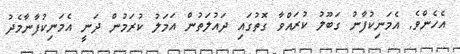
އެހެންވެ